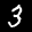
Label: 3